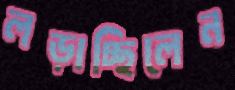
লড়াচ্ছিলেন